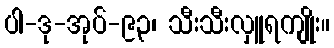
ပါ-ဒု-အုပ်-၉၃၊ သီးသီးလှူရကျိုး။